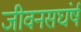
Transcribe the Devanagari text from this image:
जीवनसघंर्ष